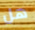
هل